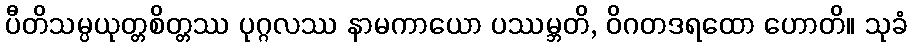
ပီတိသမ္ပယုတ္တစိတ္တဿ ပုဂ္ဂလဿ နာမကာယော ပဿမ္ဘတိ, ဝိဂတဒရထော ဟောတိ။ သုခံ